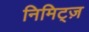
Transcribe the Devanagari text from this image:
निमिट्ज़